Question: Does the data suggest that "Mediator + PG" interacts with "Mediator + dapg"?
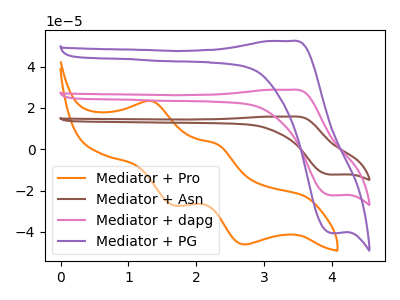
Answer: <think>The orange curve "Mediator + Pro" has anodic peaks at (1.35V, 23.25uA) (2.30V, 2.45uA) and cathodic peaks at (1.65V, -27.05uA) (2.70V, -46.00uA). The brown curve "Mediator + Asn" has an anodic peak at (3.40V, 57.60uA) and a cathodic peak at (4.00V, -44.60uA). The pink curve "Mediator + dapg" has an anodic peak at (3.40V, 28.80uA) and a cathodic peak at (4.00V, -22.30uA). The purple curve "Mediator + PG" has an anodic peak at (3.40V, 52.40uA) and a cathodic peak at (4.00V, -40.55uA).
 All the peaks in "Mediator + PG" have a peak in "Mediator + dapg" at the same potential. Every peak in "Mediator + PG" is higher than every peak in "Mediator + dapg".</think>
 <answer>No, "Mediator + PG" and "Mediator + dapg" don't appear to be significantly different in shape</answer>
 <eval>no_change</eval>